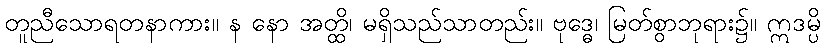
တူညီသောရတနာကား။ န နော အတ္ထိ၊ မရှိသည်သာတည်း။ ဗုဒ္ဓေ၊ မြတ်စွာဘုရား၌။ ဣဒမ္ပိ